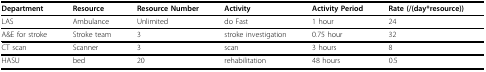
| Department | Resource | Resource Number | Activity | Activity Period | Rate (/(day*resource)) |
 | --- | --- | --- | --- | --- | --- |
 | LAS | Ambulance | Unlimited | do Fast | 1 hour | 24 |
 | A&E for stroke | Stroke team | 3 | stroke investigation | 0.75 hour | 32 |
 | CT scan | Scanner | 3 | scan | 3 hours | 8 |
 | HASU | bed | 20 | rehabilitation | 48 hours | 0.5 |